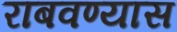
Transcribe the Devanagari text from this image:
राबवण्यास